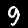
Label: 9